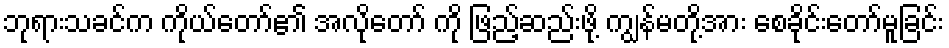
ဘုရားသခင်က ကိုယ်တော်၏ အလိုတော် ကို ဖြည့်ဆည်းဖို့ ကျွန်မတို့အား စေခိုင်းတော်မူခြင်း